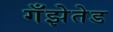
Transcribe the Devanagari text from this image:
गँझेतेड